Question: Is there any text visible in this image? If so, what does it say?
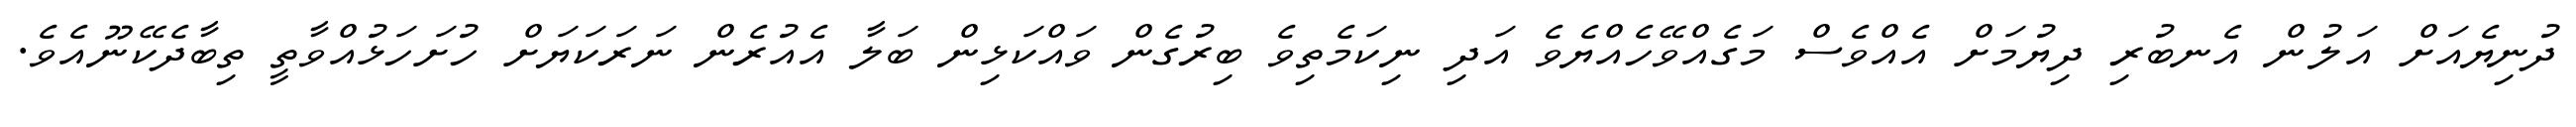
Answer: ދުނިޔެއަށް އަލުން އެނބުރި ދިޔުމަށް އެއްވެސް މަގެއްވޭހެއްޔެވެ އަދި ނިކަމެތިވެ ބިރުގެން ވައްކަޅިން ބަލާ އެއުރެން ނަރަކަޔަށް ހުށަހަޅުއްވާތީ ތިބާދެކޭނޫއެވެ.